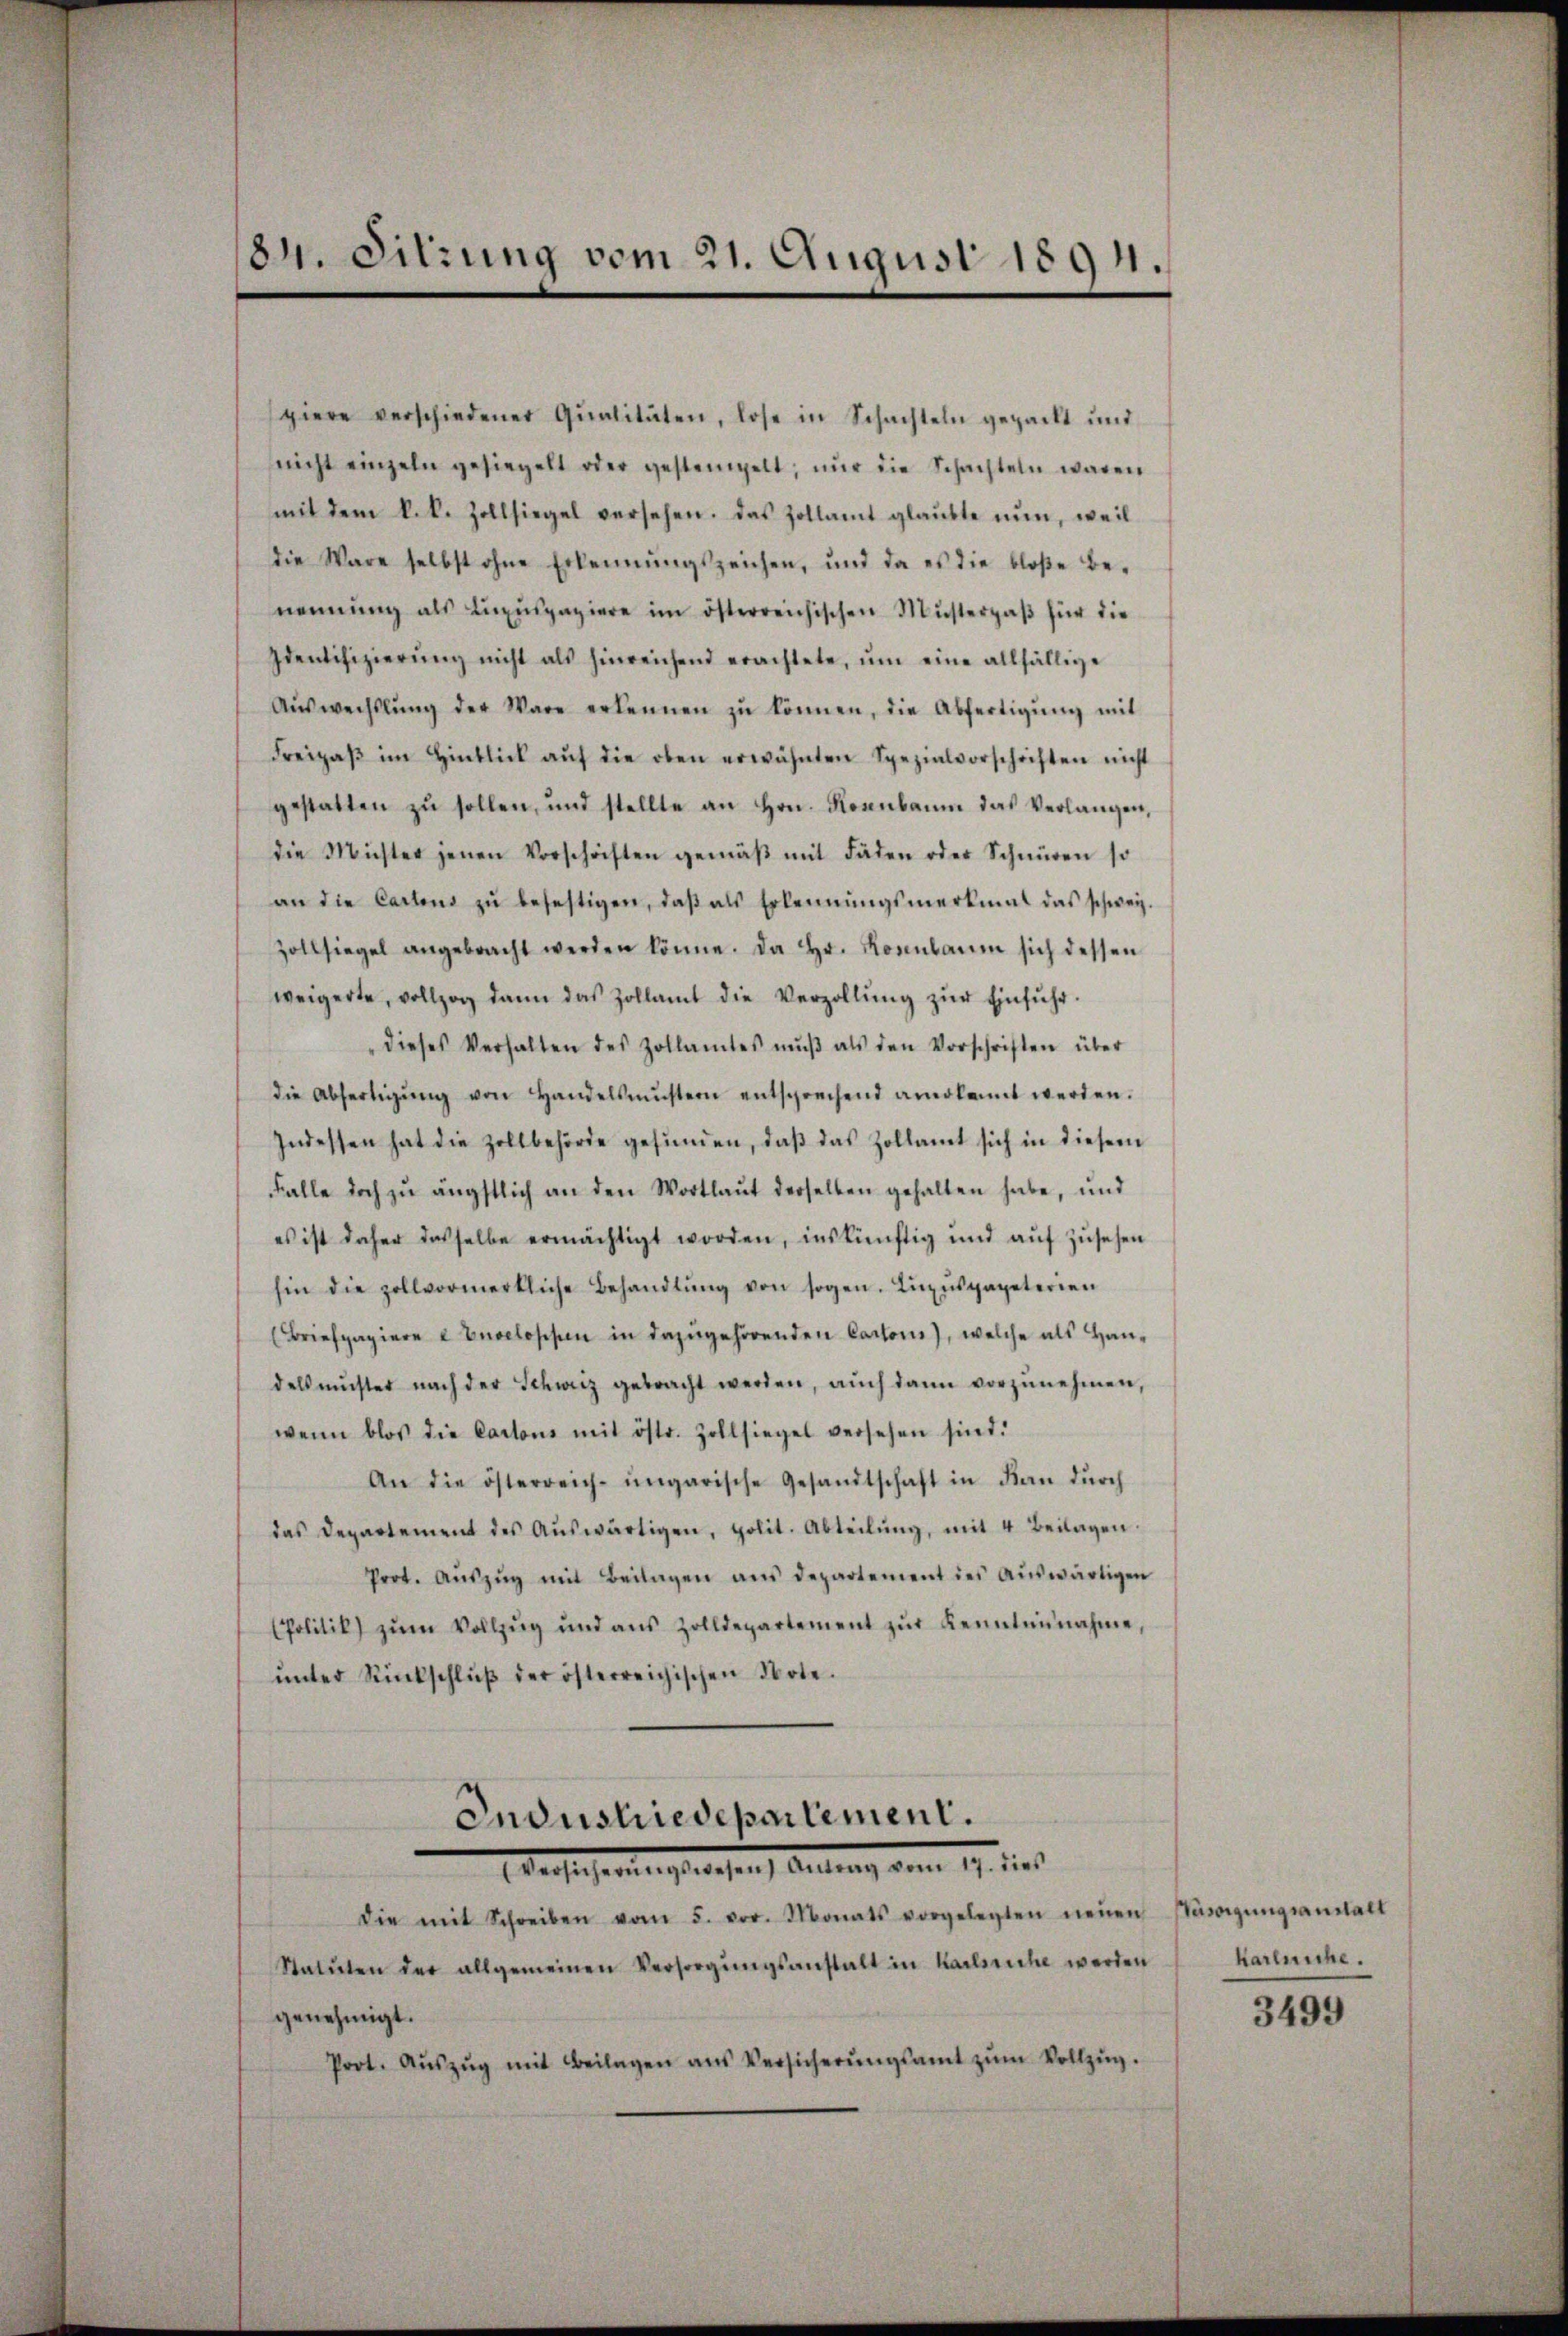
84. Sitzung vom 21. August 1894.

piere verschiedener Qualitäten, lose in Schachteln gepackt und
snicht einzeln gesiegelt oder gestempelt, nŭr die Schachteln waren
mit dem k.k. Zollsiegel versehen. Das Zollamt glaubte nun, weil
die Wäre selbst ohne Erkennungszeichen, und da es die bloße Benennung als Lŭzŭspaziere im österreichischen Musterpaβ für die
Identifizierŭng nicht als hinreichend erachtete, um eine allfällige
Aŭswechslung der Ware erkennen zŭ können, die Abfertigŭng mit
Freizaβ im Hinblick aŭf die oben erwähnten Spezialvorschriften nicht
gestatten zŭ sollen, und stellte an Hrn. Roanbaum das Verlangen,
die Michter jenen Vorschriften gemäβ mit Fäden oder Schnüren so
an die Cartens zŭ befestigen, daβ als Erkennungsmerkmal das schweiz.
Zollsiegel angebracht werden könne. Da Hr. Kornbaum sich dessen
weigerte, vollzog dann das Zollamt die Verzollŭng zŭr Einfŭhr.
dieses Verhalten des Zollamtes mŭβ als den Vorschriften über
die Abfertigŭng von Handelsmŭstern entsprechend anerkannt werden.
Indessen hat die Zollbehörde gefŭnden, daβ das Zollamt sich in diesem
Falle doch zŭ ängstlich an den Wortlaut derselben gehalten habe, und
es ist daher dasselbe ermächtigt worden, inskünftig und auf zusehen
hin die zollvormerkliche Behandlŭng von sogen. Lŭzŭsgapeterien
(Briefpapiere & Enveloppen in dazugehörenden Cartons), welche als Handels müster nach der Schweiz gebracht werden, aŭch dann vorzŭnehmen,
wenn blos die Cartons mit östr. Zollsiegel versehen sind.
An die österreich-ungarische Gesandtschaft in Kan dŭrch
das Departement des Aŭswärtigen, polit. Abteilŭng, mit 4 Beilagen.
Prot. Aŭszŭg mit Beilagen aus departement des aŭswärtigen
(Politik zŭm Vollzug und aus Zolldepartement zŭr Kenntennahme,
ŭnter Rückschlŭβ der österreichischen Bote.
Industriedepartement.
Marchsche einen gewesen anderung aber 17. dies
Die mit Schreiben vom 5. vor. Monats vorgelegten neŭen Nawigŭngsanstalt
Statuten der allgemeinen Versorgŭngsanstalt in Karlsriche werden
genehmigt.
Prot. Aŭszŭg mit Beilagen ans Versicherŭngsamt zŭm Vollzŭg.

Karleiche.

3499